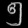
Digit: ၅